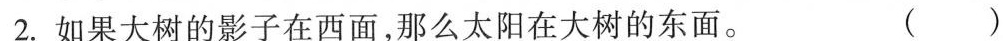
2.如果大树的影子在西面，那么太阳在大树的东面。 ()